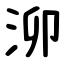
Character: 泖